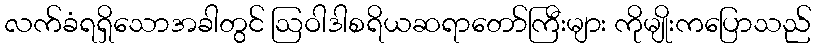
လက်ခံရရှိသောအခါတွင် ဩဝါဒါစရိယဆရာတော်ကြီးများ ကိုမျိုးကပြောသည်